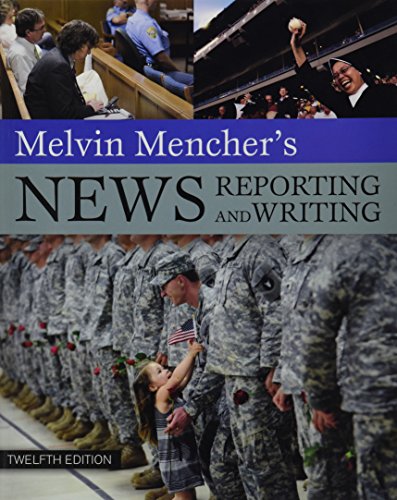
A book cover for Melvin Mencher's News Reporting and Writing; Melvin Mencher; Reference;